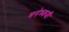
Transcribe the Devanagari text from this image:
मनेच्क्जी